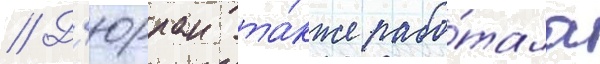
// Д'юрран та́кже рабо́тала